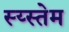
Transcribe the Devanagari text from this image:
स्य्स्तेम